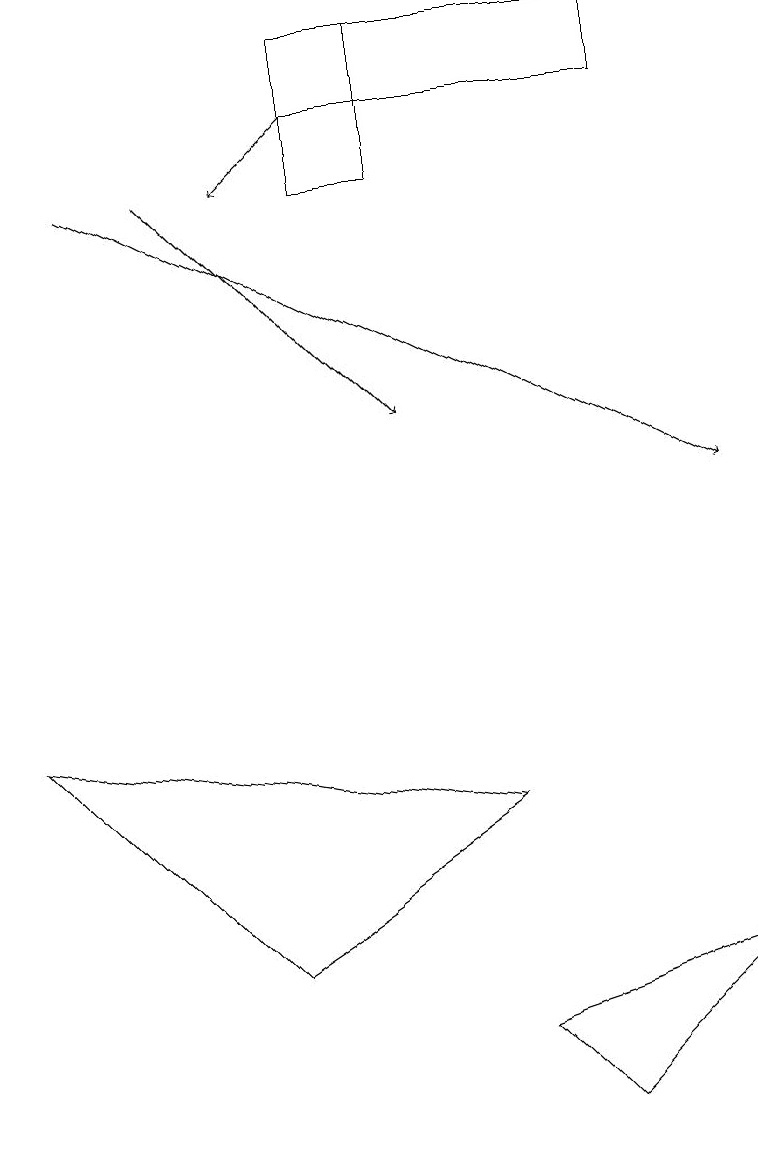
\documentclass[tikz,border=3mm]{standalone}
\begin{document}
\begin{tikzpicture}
\draw[->] (4,15) -- (3,14);
\draw[->] (2,14) -- (5,11);
\draw (5,14) rectangle (4,16);
\draw (4,15) rectangle (8,16);
\draw (0,7) -- (6,6) -- (3,4) -- cycle;
\draw (9,4) -- (7,2) -- (6,3) -- cycle;
\draw[->] (1,14) -- (9,10);
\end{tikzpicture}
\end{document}